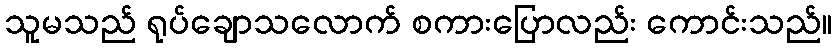
သူမသည် ရုပ်ချောသလောက် စကားပြောလည်း ကောင်းသည်။